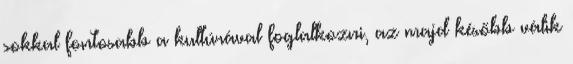
sokkal fontosabb a kultúrával foglalkozni, az majd később válik